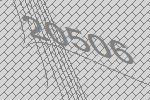
20506